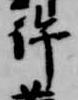
許